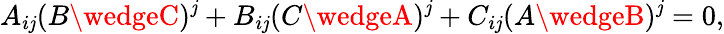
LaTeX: A_{i\mathit{j}}(B\wedgeC)^{\mathit{j}}+B_{i\mathit{j}}(C\wedgeA)^{\mathit{j}}+C_{i\mathit{j}}(A\wedgeB)^{\mathit{j}}=0,